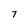
Character: 7